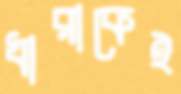
ধারাকেই